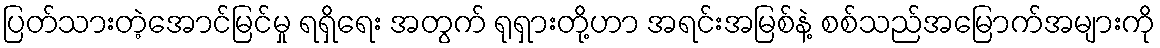
ပြတ်သားတဲ့အောင်မြင်မှု ရရှိရေး အတွက် ရုရှားတို့ဟာ အရင်းအမြစ်နဲ့ စစ်သည်အမြောက်အများကို